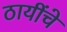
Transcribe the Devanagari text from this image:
ठायींचे